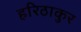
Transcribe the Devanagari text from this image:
हरिठाकुर